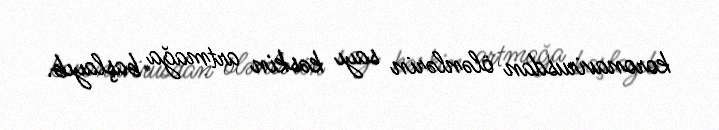
koronavirusdan ölənlərin sayı kəskin artmağa başlayıb.